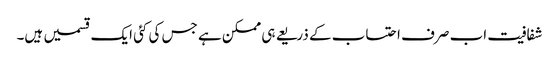
شفافیت اب صرف احتساب کے ذریعے ہی ممکن ہے جس کی کئی ایک قسمیں ہیں۔